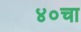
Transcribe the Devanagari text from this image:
४०चा